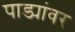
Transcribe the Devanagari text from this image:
पाड्यांवर